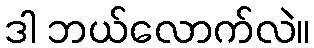
ဒါ ဘယ်လောက်လဲ။